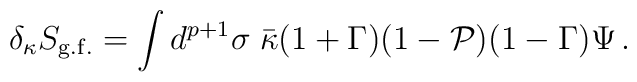
\delta_{\kappa} S_{\rm g.f.}  =     \int d^{p+1} \sigma \;  \bar \kappa(1+\Gamma) (1- {\cal P} )(1-\Gamma) \Psi\, .